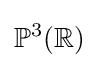
\mathbb {P} ^{3}(\mathbb {R} )